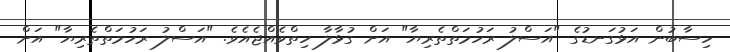
ހިސާބުން އަޅުގަނޑުގެ "އަަސްލު ރަހުމަތްތެރިޔާ" އަށް ގުޅާލާ ހިތްވެއްޖެއެވެ. "އަސްލު ރަހުމަތްތެރިޔާ" އަށް